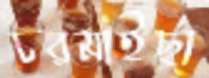
চরমাইছা